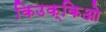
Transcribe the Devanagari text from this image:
किउक्किओ